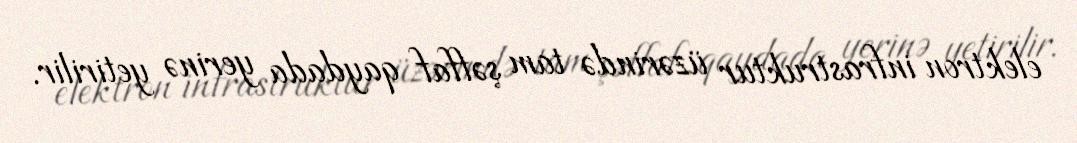
elektron infrastruktur üzərində tam şəffaf qaydada yerinə yetirilir.